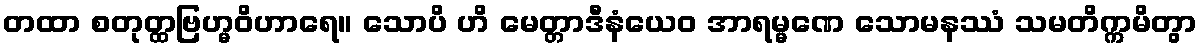
တထာ စတုတ္ထဗြဟ္မဝိဟာရေ။ သောပိ ဟိ မေတ္တာဒီနံယေဝ အာရမ္မဏေ သောမနဿံ သမတိက္ကမိတွာ